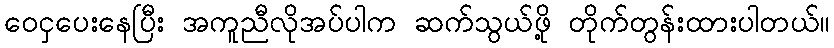
ဝေငှပေးနေပြီး အကူညီလိုအပ်ပါက ဆက်သွယ်ဖို့ တိုက်တွန်းထားပါတယ်။